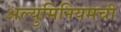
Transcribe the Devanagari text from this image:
अल्युमिनियमची